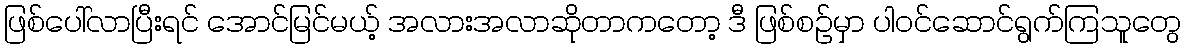
ဖြစ်ပေါ်လာပြီးရင် အောင်မြင်မယ့် အလားအလာဆိုတာကတော့ ဒီ ဖြစ်စဉ်မှာ ပါဝင်ဆောင်ရွက်ကြသူတွေ